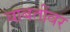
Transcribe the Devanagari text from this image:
बाबतींवर